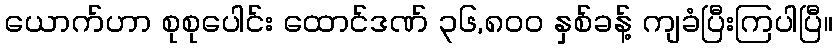
ယောက်ဟာ စုစုပေါင်း ထောင်ဒဏ် ၃၆,၈၀၀ နှစ်ခန့် ကျခံပြီးကြပါပြီ။